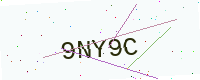
Text: 9NY9C